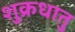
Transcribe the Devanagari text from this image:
शुक्रधातु